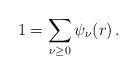
LaTeX: \begin{align*}1=\sum_{\nu\ge 0}\psi_{\nu}(r)\,. \end{align*}